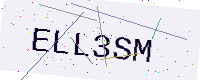
Text: ELL3SM